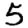
Digit: 5